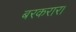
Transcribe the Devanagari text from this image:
बरकरार।